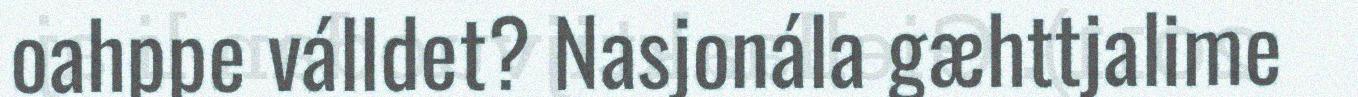
oahppe válldet? Nasjonála gæhttjalime